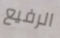
الرفيع